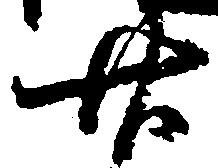
廿